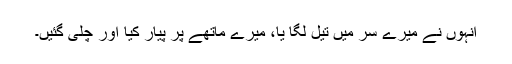
انہوں نے میرے سر میں تیل لگا یا، میرے ماتھے پر پیار کیا اور چلی گئیں۔